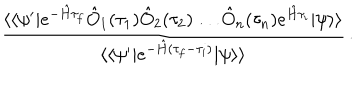
LaTeX: \frac { \langle \langle \psi ^ { \prime } | e ^ { - \hat { H } \tau _ { f } } \hat { O } _ { 1 } ( \tau _ { 1 } ) \hat { O } _ { 2 } ( \tau _ { 2 } ) \ldots \hat { O } _ { n } ( \tau _ { n } ) e ^ { \hat { H } \tau _ { i } } | \psi \rangle \rangle } { \langle \langle \psi ^ { \prime } | e ^ { - \hat { H } ( \tau _ { f } - \tau _ { i } ) } | \psi \rangle \rangle } \, .